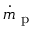
\dot { m } _ { \mathrm { ~ p ~ } }